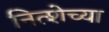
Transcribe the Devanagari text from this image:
नित्शेच्या